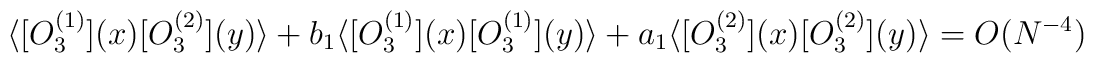
\langle [O_{3}^{(1)}](x) [O_{3}^{(2)}](y)\rangle +b_{1}\langle [O_{3}^{(1)}](x) [O_{3}^{(1)}](y)\rangle +a_{1}\langle [O_{3}^{(2)}](x) [O_{3}^{(2)}](y)\rangle=O(N^{-4})